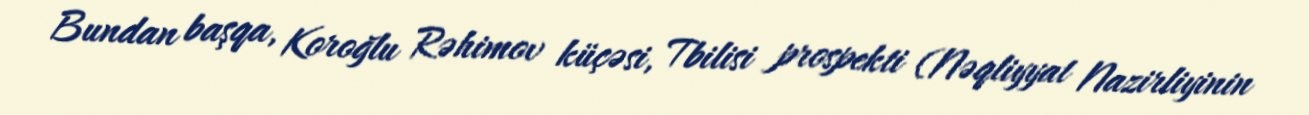
Bundan başqa, Koroğlu Rəhimov küçəsi, Tbilisi prospekti (Nəqliyyat Nazirliyinin